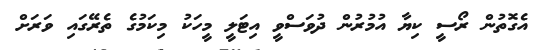
އެގޮތުން ރޯސީ ކިޔާ އުމުރުން ދުވަސްވީ އިޓަލީ މީހަކު މިކަމުގެ ތެރޭގައި ވަރަށް